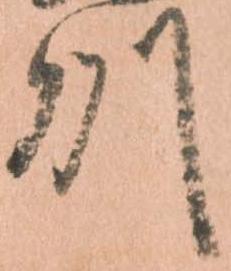
州